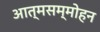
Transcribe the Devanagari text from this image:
आत्मसम्मोहन